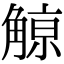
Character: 𧤚